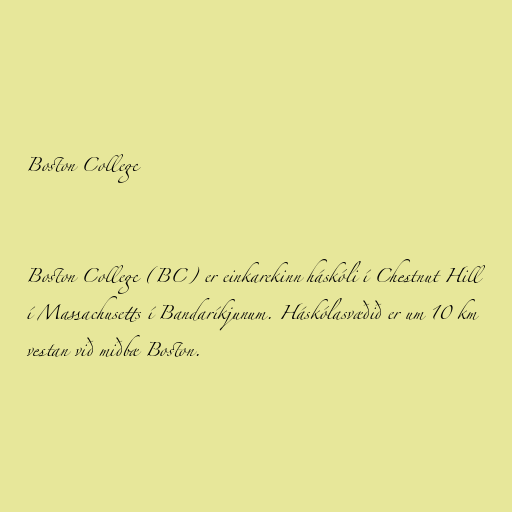
Boston College

Boston College (BC) er einkarekinn háskóli í Chestnut Hill
í Massachusetts í Bandaríkjunum. Háskólasvæðið er um 10 km
vestan við miðbæ Boston.